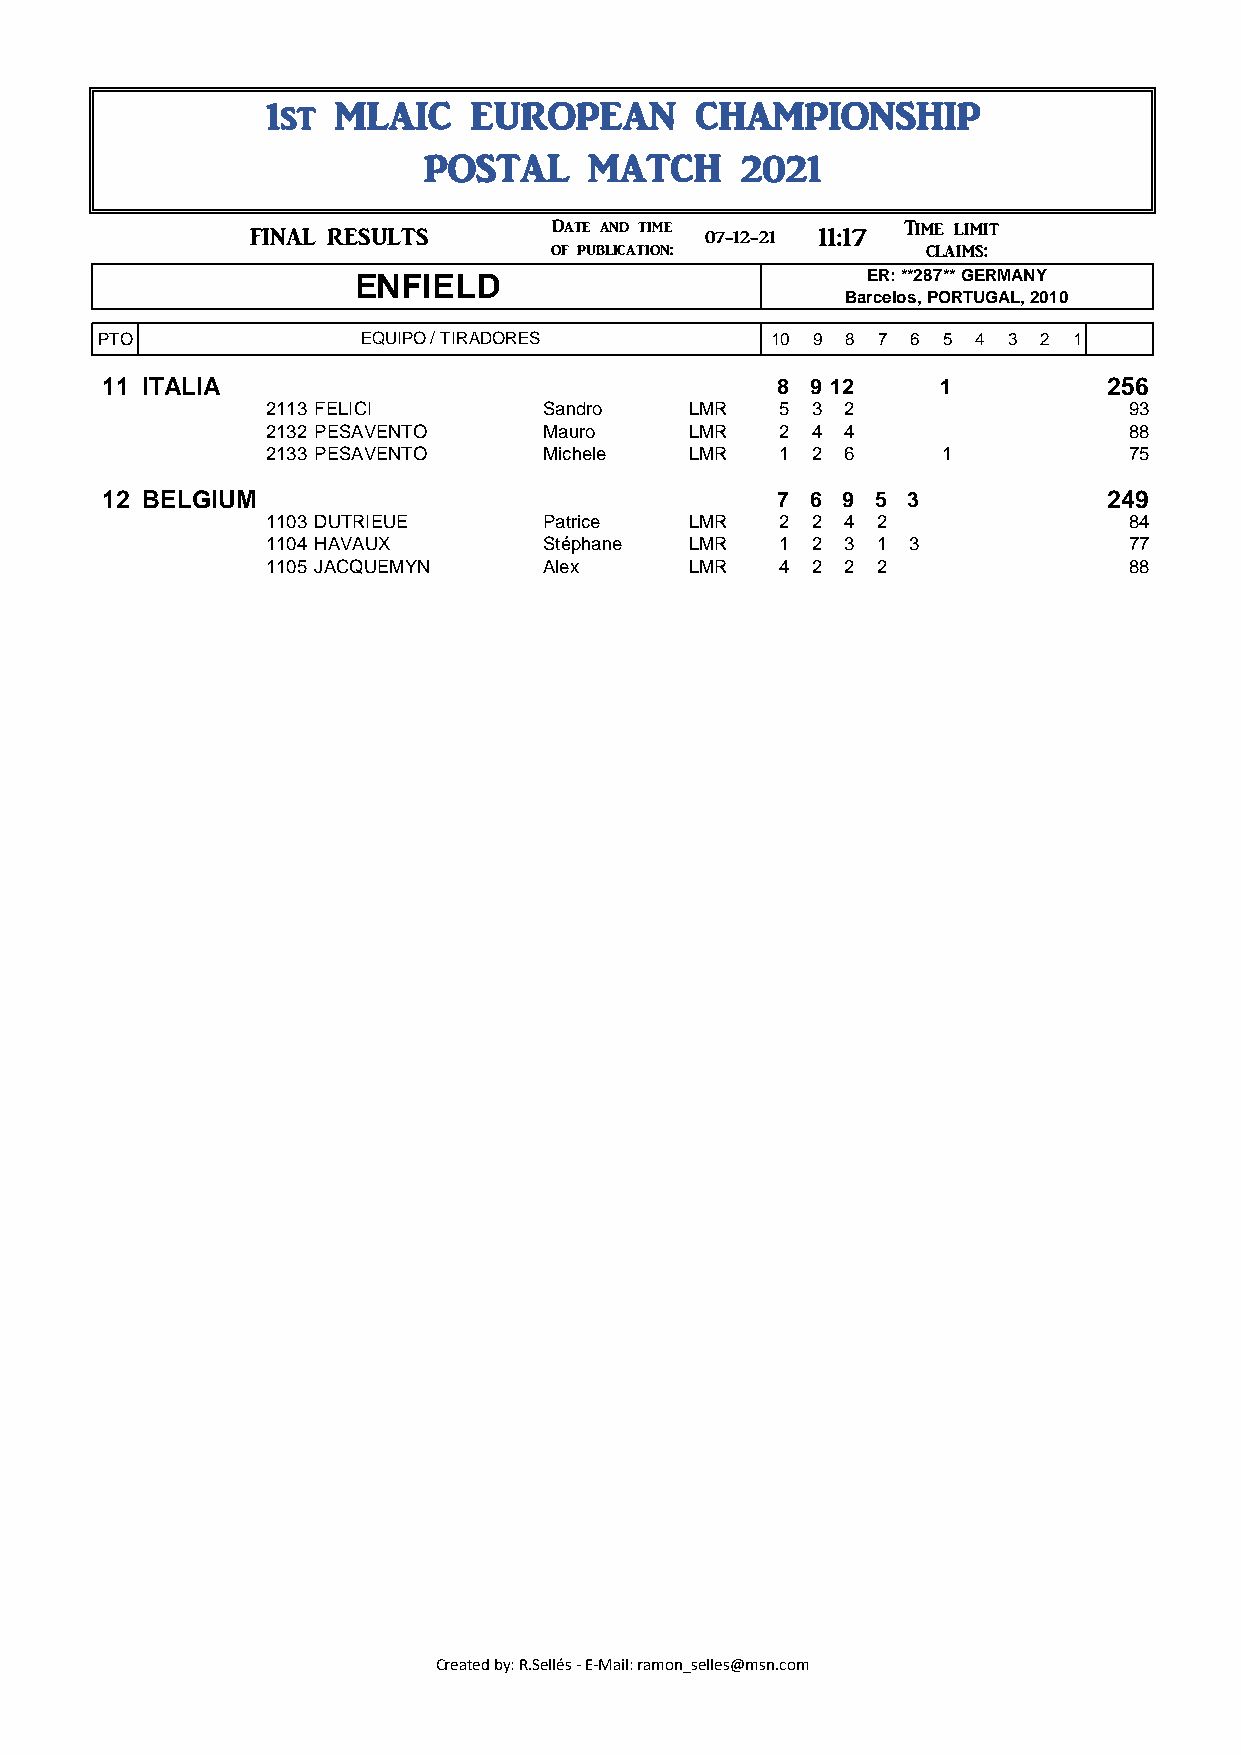
1st  MLAIC    EUROPEAN       CHAMPIONSHIP
 POSTAL     MATCH     2021
 Date and time          Time limit 12:17
 ###       FINAL RESULTS                 07-12-21 11:17
 of publication:          claims: 07-12-21
 ENFIELD                           ER: **287** GERMANY
 Barcelos, PORTUGAL, 2010
 PTO               EQUIPO / TIRADORES         10 9 8 7 6 5 4 3  2 1
 11 ITALIA                                    8 9 12     1          256
 2113 FELICI        Sandro   LMR   5 3  2                 93
 2132 PESAVENTO     Mauro    LMR   2 4  4                 88
 2133 PESAVENTO     Michele  LMR   1 2  6     1           75
 12 BELGIUM                                   7 6 9  5 3            249
 1103 DUTRIEUE      Patrice  LMR   2 2  4 2               84
 1104 HAVAUX        Stéphane LMR   1 2  3 1 3             77
 1105 JACQUEMYN     Alex     LMR   4 2  2 2               88
 Created by: R.Sellés - E-Mail: ramon_selles@msn.com